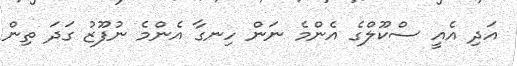
އަދި އެއީ ސްކޫލްގެ އެންމެ ނަން ހިނގާ އެންމެ ނުފޫޒު ގަދަ ތިން